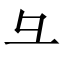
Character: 彑